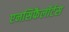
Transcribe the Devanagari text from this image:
एनसिफैलॉर्टस